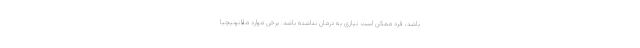
باشد، فرد ممکن است نیازی به درمان نداشته باشد. برخی موارد ملانونیچیا